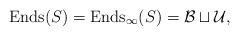
LaTeX: \begin{align*}{\rm Ends}(S)={\rm Ends}_{\infty}(S)=\mathcal{B}\sqcup \mathcal{U},\end{align*}